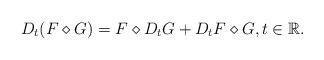
LaTeX: \begin{align*} D_t(F \diamond G) = F \diamond D_tG + D_tF \diamond G, t\in\mathbb{R}.\end{align*}